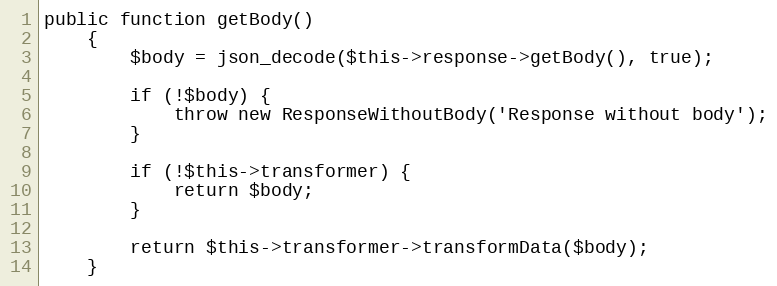
Language: PHP
public function getBody()
    {
        $body = json_decode($this->response->getBody(), true);

        if (!$body) {
            throw new ResponseWithoutBody('Response without body');
        }

        if (!$this->transformer) {
            return $body;
        }

        return $this->transformer->transformData($body);
    }